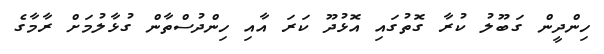
ހިންދީން ގަބޫލު ކުރާ ގޮތުގައި އޮޅުދޫ ކަރަ އާއި ހިންދުސްތާން ގުޅާލުމަށް ރާމާގެ